Lunatic asylums Punjab 1881-1894 - 1881-1894
Year: 1881
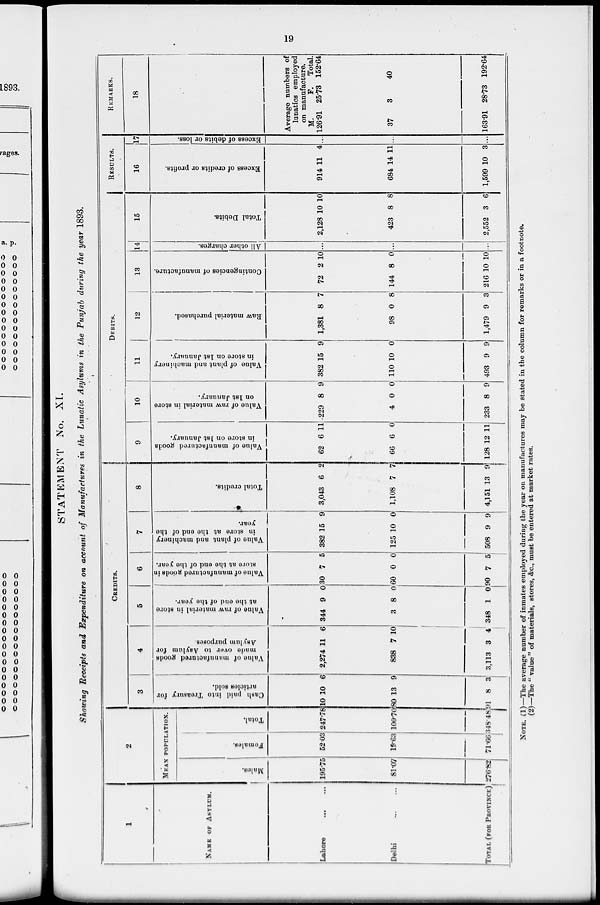
19
STATEMENT No. XI.
Showing Receipts and Expenditure on account of Manufactures in the Lunatic Asylums in the Punjab during the year 1893.
1
NAME OF ASYLUM.
Lahore ... ...
Delhi
...
...
TOTAL (FOR PROVINCE)
2
MEAN POPULATION.
Males.
195.75
81.07
276.82
Females.
52.03
19.63
71.66
Total.
247.78
100.70
348.48
CREDITS
3
Cash paid into Treasury for
articles sold.
10 10 6
80 13 9
91 8 3
4
Value
of manufactured goods
made over to Asylum for
Asylum purposes.
2,274 11 6
838 7 10
3,113 3 4
5
Val ue of r
aw ma t e r i a l in store
at the end of the year .
344 9 0
3 8 0
348 1 0
6
Val ue of m a n u f a c t u r e d g o o d s in
store at the end of the year .
30 7 5
60 0 0
90 7 5
7
Value of plant and machinery
in store at the end of the
year.
382 15 9
125 10 0
508 9 9
8
Total credits.
3,043 6 2
1,108 7 7
4,151 13 9
DEBITS.
9
Value of manufactured goods
in store on 1st January.
62 6 11
66 6 0
128 12 11
10
Value of raw material in store
on 1st January.
229 8 9
4 0 0
233 8 9
11
Value of plant and machinery
in store on 1st January.
382 15 9
110 10 0
493 9 9
12
Raw material purchased.
1,381 8 7
98 0 8
1,479 9 3
13
Contingencies of manufacture.
72 2 10
144 8 0
216 10 10
14
All other charges.
...
...
...
15
Total Debits.
2,128 10 10
423 8 8
2,552 3 6
RESULTS.
16
Excess of credits or profits.
914 11 4
684 14 11
1,599 10 3
17
Excess of debits or loss.
...
...
...
REMARKS.
18
Average numbers of
lunatics employed
on manufacture.
M.
126.91
37
163.91
F.
25.73
3
28.73
Total.
152.64
40
192.64
NOTE. (1)—The average number of inmates employed during the year on manufactures may be stated in the column for remarks or in a footnote.
(2)—The " value " of materials, stores, &c., must be entered at market rates.